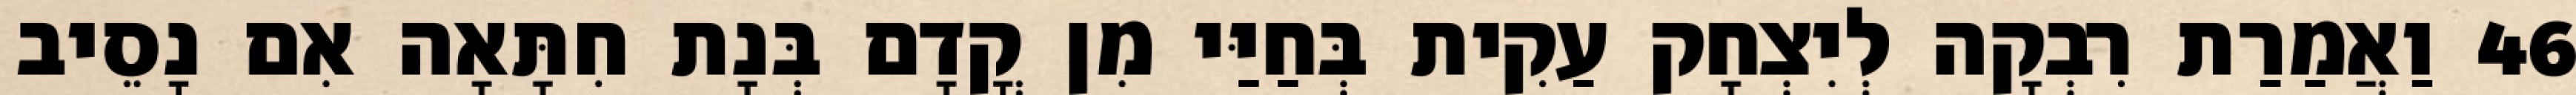
46 וַאֲמַרַת רִבְקָה לְיִצְחָק עַקִית בְּחַיַּי מִן קֳדָם בְּנָת חִתָּאָה אִם נָסֵיב